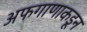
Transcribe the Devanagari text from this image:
अफगाणाकडून